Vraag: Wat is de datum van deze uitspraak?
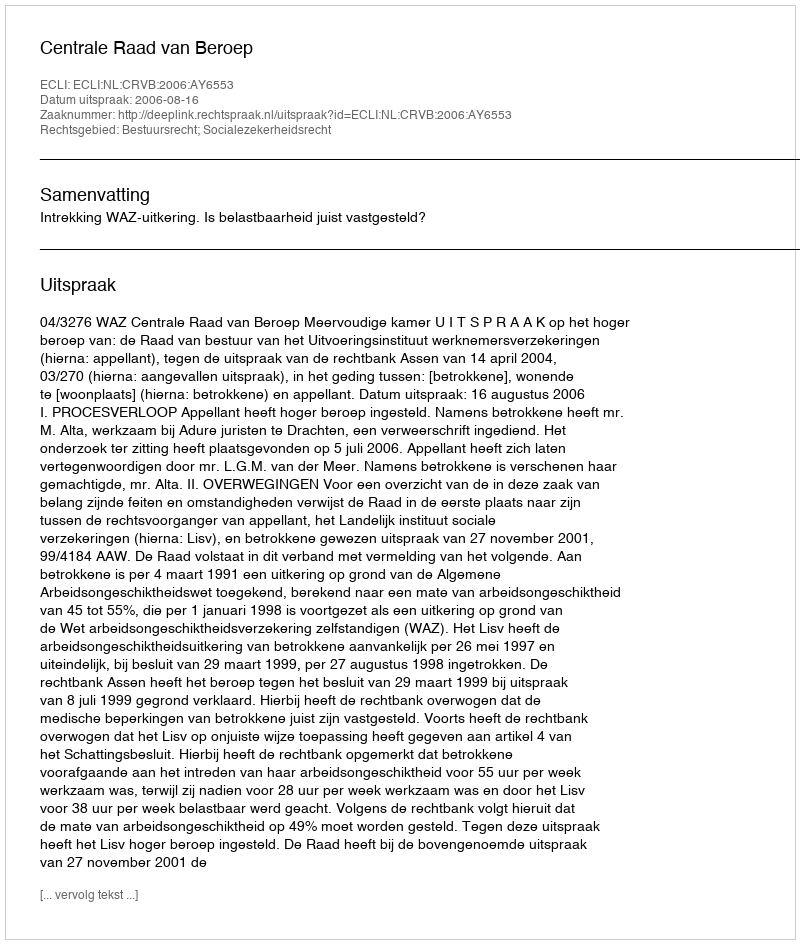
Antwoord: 2006-08-16